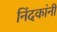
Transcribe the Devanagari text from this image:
निंदकांनी